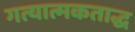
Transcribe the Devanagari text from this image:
गत्यात्मकताद्ध